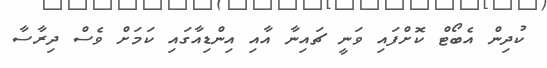
ކުދިން އެބޯޓް ކޮށްފައި ވަނީ ޗައިނާ އާއި އިންޑިއާގައި ކަމަށް ވެސް ދިރާސާ